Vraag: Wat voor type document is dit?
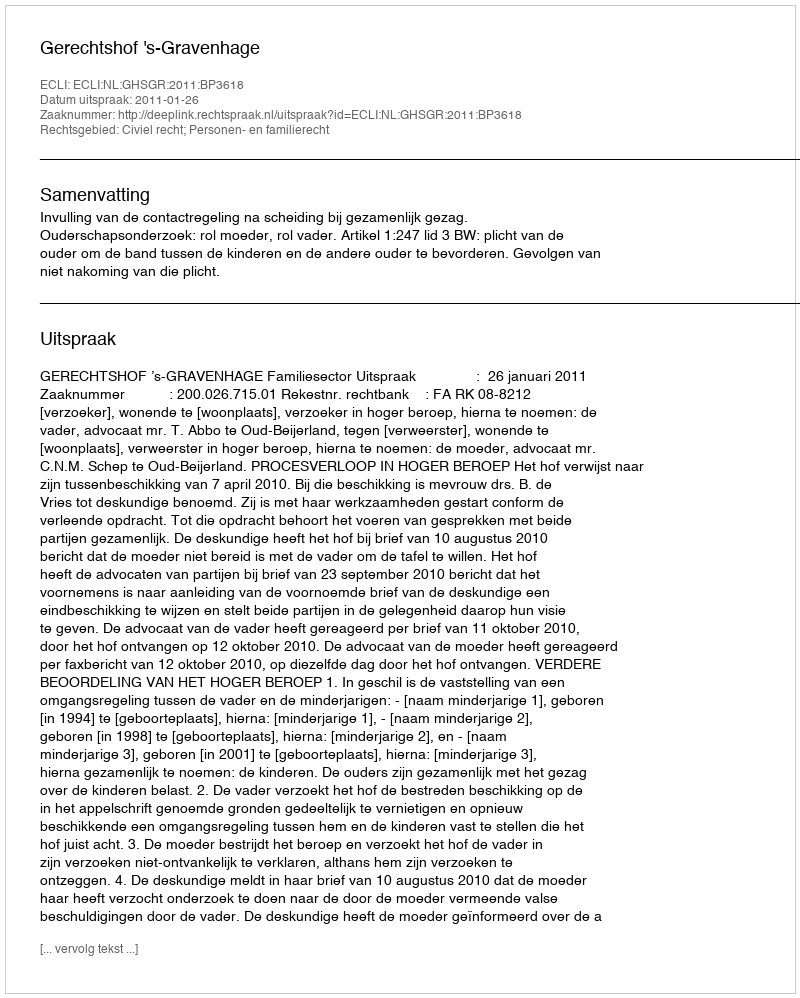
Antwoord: Uitspraak